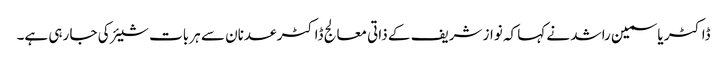
ڈاکٹر یاسمین راشد نے کہا کہ نواز شریف کے ذاتی معالج ڈاکٹر عدنان سے ہر بات شیئر کی جا رہی ہے۔